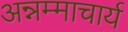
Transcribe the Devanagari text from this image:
अन्नम्माचार्य